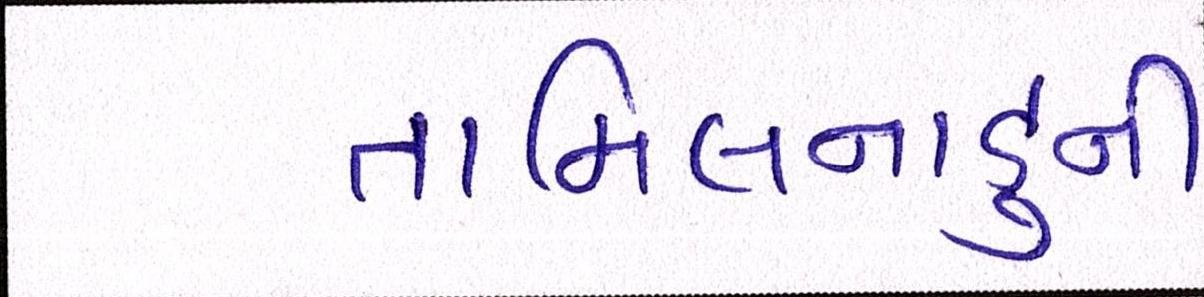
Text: તામિલનાડુની